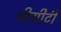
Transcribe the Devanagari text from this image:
पीसीटी